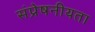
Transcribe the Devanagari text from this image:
संप्रेषनीयता